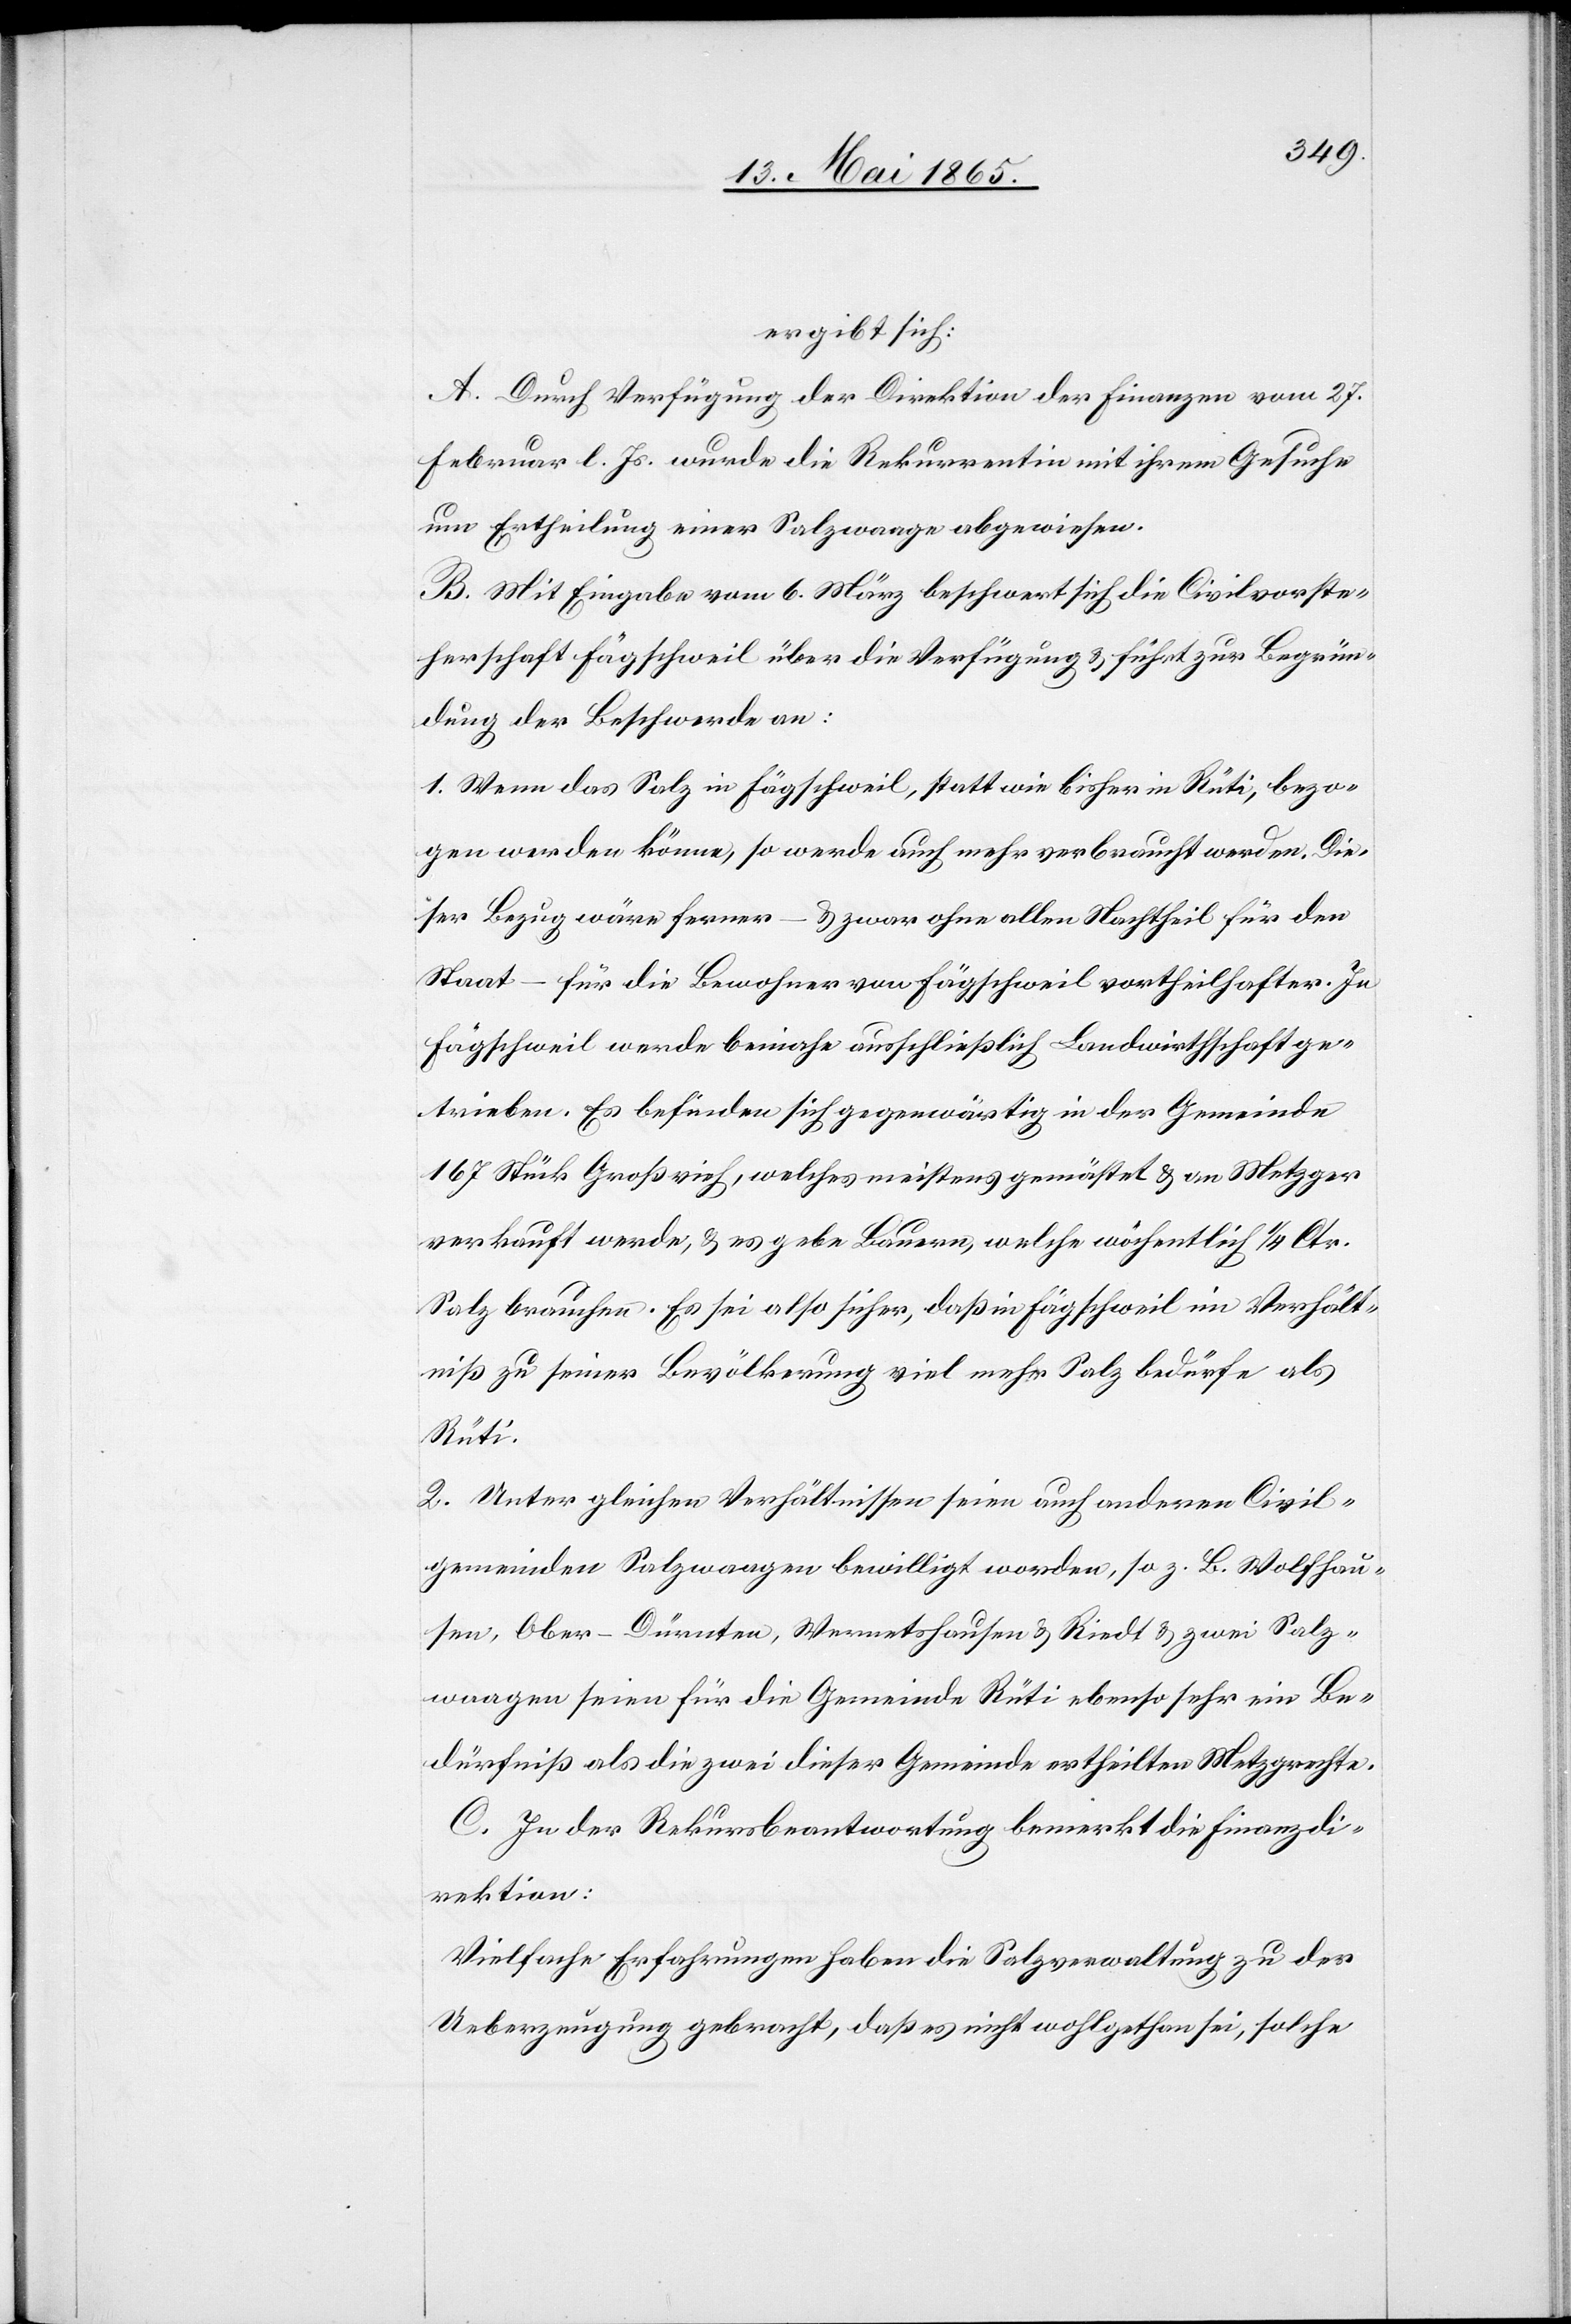
ergibt sich:
A. Durch Verfügung der Direktion der Finanzen vom 27.
Februar l. Js. wurde die Rekurrentin mit ihrem Gesuche
um Ertheilung einer Salzwaage abgewiesen.
B. Mit Eingabe vom 6. März beschwert sich die Civilvorste¬
herschaft Fägschweil über die Verfügung & führt zur Begrün¬
dung der Beschwerde an:
1. Wenn das Salz in Fägschweil, statt wie bisher in Rüti, bezo¬
gen werden könne, so werde auch mehr verbraucht werden. Die¬
ser Bezug wäre ferner – & zwar ohne allen Nachtheil für den
Staat – für die Bewohner von Fägschweil vortheilhafter. In
Fägschweil werde beinahe ausschließlich Landwirthschaft ge¬
trieben. Es befinden sich gegenwärtig in der Gemeinde
167 Stück Großvieh, welches meistens gemästet & an Metzger
verkauft werde, & es gebe Bauern, welche wöchentlich ¼ Ctr.
Salz brauchen. Es sei also sicher, daß in [sic!] Fägschweil im Verhält¬
niß zu seiner Bevölkerung viel mehr Salz bedürfe als
Rüti.
2. Unter gleichen Verhältnissen seien auch anderen Civil¬
gemeinden Salzwaagen bewilligt worden, so z. B. Wolfhau¬
sen, Ober-Dürnten, Wernetshausen & Riedt & zwei Salz¬
waagen seien für die Gemeinde Rüti ebenso sehr ein Be¬
dürfniß als die zwei dieser Gemeinde ertheilten Metzgrechte.
C. In der Rekursbeantwortung bemerkt die Finanzdi¬
rektion:
Vielfache Erfahrungen haben die Salzverwaltung zu der
Ueberzeugung gebracht, daß es nicht wohlgethan sei, solche